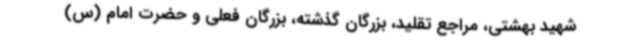
شهید بهشتی، مراجع تقلید، بزرگان گذشته، بزرگان فعلی و حضرت امام (س)